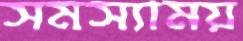
সমস্যাময়